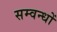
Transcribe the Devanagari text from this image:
सम्वन्धों